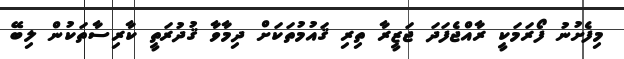
މިފެށުނު ފޯރަމަކީ ރާއްޖެފަދަ ޖަޒީރާ ތިރި ޤައުމުތަކަށް ދިމާވާ ޤުދުރަތީ ކާރިސާތަކުން ލިބޭ